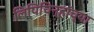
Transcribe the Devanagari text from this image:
लिपिचिन्हांच्या